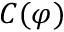
C ( \varphi )